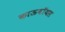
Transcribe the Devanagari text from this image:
काऊबॉयस